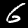
Label: 6